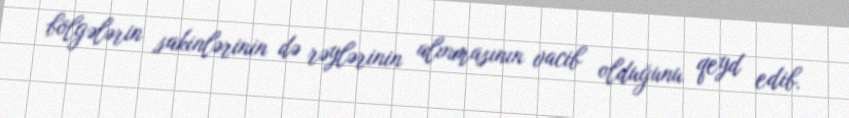
bölgələrin sakinlərinin də rəylərinin alınmasının vacib olduğunu qeyd edib.